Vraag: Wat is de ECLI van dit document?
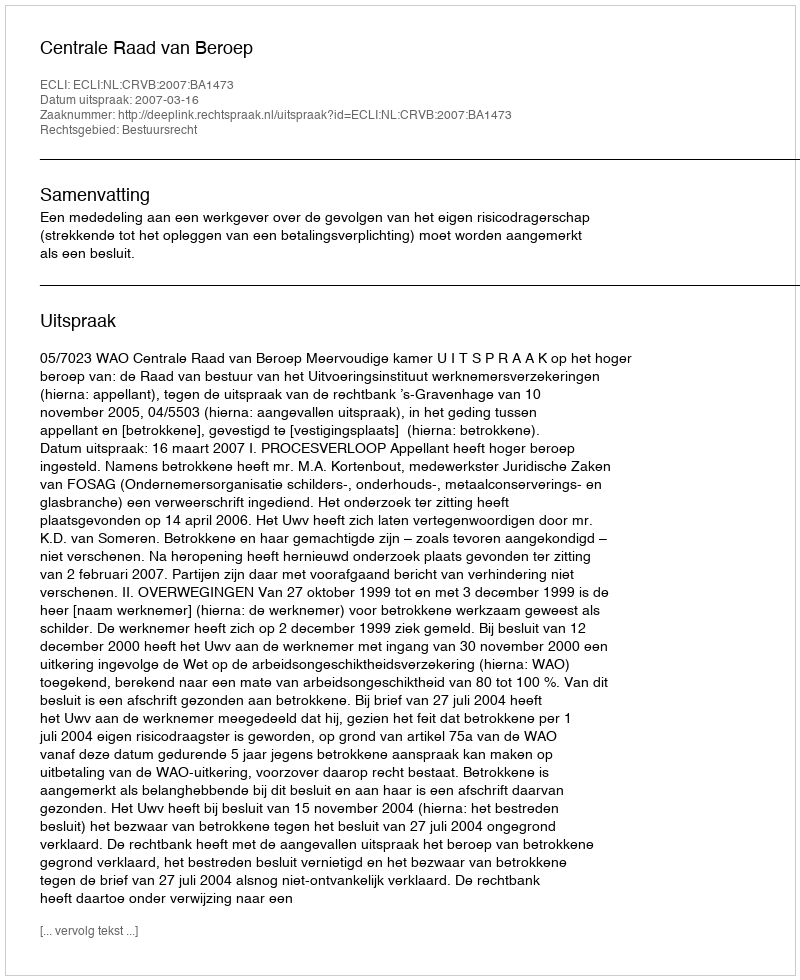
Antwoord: ECLI:NL:CRVB:2007:BA1473